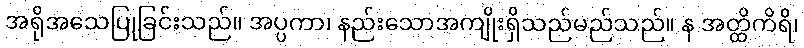
အရိုအသေပြုခြင်းသည်။ အပ္ပကာ၊ နည်းသောအကျိုးရှိသည်မည်သည်။ န အတ္ထိကိရိ၊